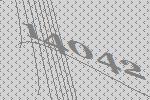
14042